Burma Government Medical School reports 1923-41
Year: 1923
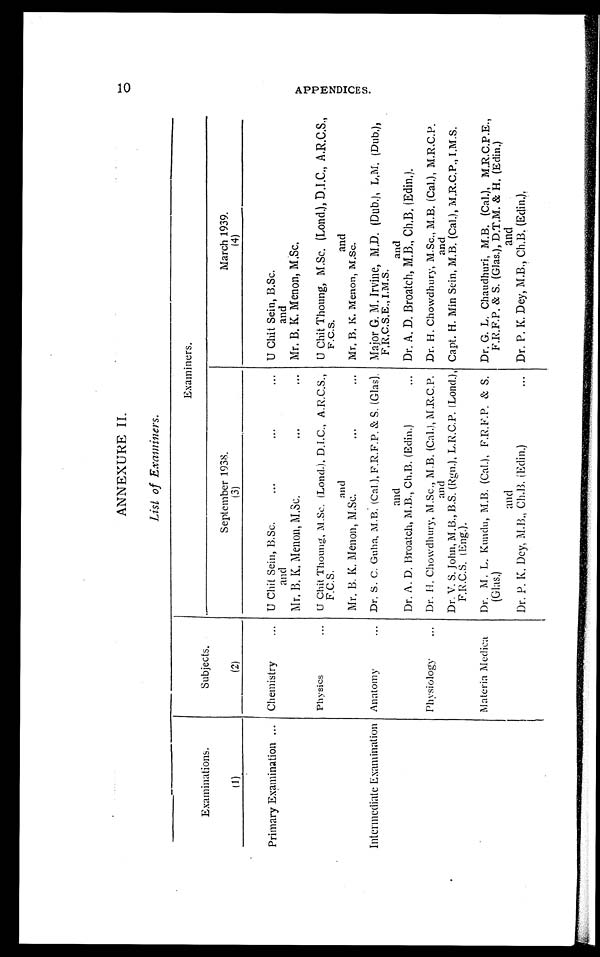
ANNEXURE II.
List of Examiners.
Examinations.
(1)
Subjects.
(2)
Examiners.
September 1938.
(3)
March 1939.
(4)
Primary Examination
Chemistry
U Chit Sein, B.Sc.
U Chit Sein, B.Sc.
and
and
Mr. B. K. Menon, M.Sc.
Mr. B. K. Menon, M.Sc.
Physics
U Chit Thoung, M.Sc. (Lond.), D.I.C., A.R.C.S.,
F.C.S.
U Chit Thoung, M.Sc. (Lond.), D.I.C., A.R.C.S.,
F.C.S.
and
and
Mr. B. K. Menon, M.Sc.
M r . B . K . M e n o n , M . S c .
Intermediate Examination Anatomy
Dr. S. C. Guha, M.B. (Cal.), F.R.F.P. & S. (Glas). Major G. M. Irvine, M.D. (Dub.), L.M. (Dub.),
F.R.C.S.E., I.M.S.
and
and
Dr. A. D. Broatch, M.B., Ch.B. (Edin.)
Dr. A. D. Broatch, M.B., Ch.B. (Edin.).
Physiology
Dr. H. Chowdhury, M.Sc., M.B. (Cal.), M.R.C.P. Dr. H. Chowdhury, M.Sc., M.B. (Cal.), M.R.C.P.
and
a n d
Dr. V. S. John, M.B., B.S. (Rgn.), L.R.C.P. (Lond.),
F.R.C.S. (Eng.).
Capt. H. Min Sein, M.B. (Cal.), M.R.C.P., I.M.S.
Materia Medica
Dr. M. L. Kundu, M.B. (Cal.), F.R.F.P. & S.
(Glas.)
Dr. G. L. Chaudhuri, M.B. (Cal.), M.R.C.P.E.,
F.R.F.P. & S. (Glas.), D.T.M. & H. (Edin.)
a n d
and
Dr. P. K. Dey, M.B., Ch.B. (Edin.)
Dr. P. K. Dey, M.B., Ch.B. (Edin.).
10
A P P E N D I C E S .